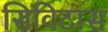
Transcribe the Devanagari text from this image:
सिविटास